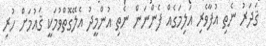
ޤަދަރު ނެތި އުފާވެރި އަލިމަގެއް ފެންނަން ނެތި އުންމީދު އެލޭގޮތްވުމަކީ ޤައުމަށް ހުރި